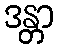
ဒန္တာ